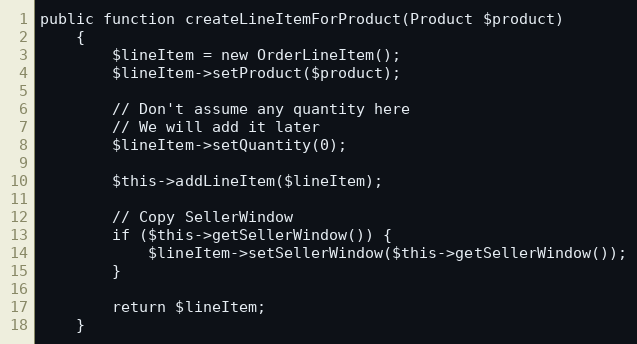
Language: PHP
public function createLineItemForProduct(Product $product)
    {
        $lineItem = new OrderLineItem();
        $lineItem->setProduct($product);

        // Don't assume any quantity here
        // We will add it later
        $lineItem->setQuantity(0);

        $this->addLineItem($lineItem);

        // Copy SellerWindow
        if ($this->getSellerWindow()) {
            $lineItem->setSellerWindow($this->getSellerWindow());
        }

        return $lineItem;
    }